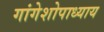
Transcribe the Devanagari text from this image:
गांगेशोपाध्याय